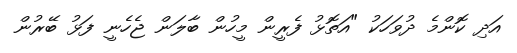
އަދި ކޮންމެ ދުވަހަކު "އަތޮޅު ފެރީން މީހުން ބާލަން ޖެހެނީ ފަޅު ބޭރުން